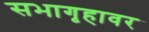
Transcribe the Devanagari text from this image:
सभागृहावर